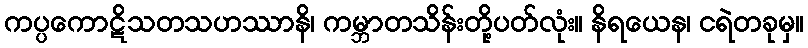
ကပ္ပကောဋိသတသဟဿာနိ၊ ကမ္ဘာတသိန်းတို့ပတ်လုံး။ နိရယေန၊ ငရဲတခုမှ။